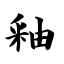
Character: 釉